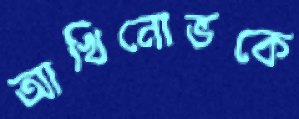
আখিনোভকে